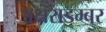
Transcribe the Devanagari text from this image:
अक्षराडम्बर